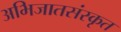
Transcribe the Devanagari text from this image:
अभिजातसंस्कृत